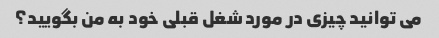
می توانید چیزی در مورد شغل قبلی خود به من بگویید؟